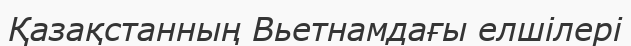
Қазақстанның Вьетнамдағы елшілері